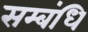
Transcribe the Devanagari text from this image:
सम्बंधि